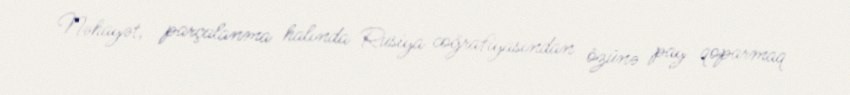
Nəhayət, parçalanma halında Rusiya coğrafiyasından özünə pay qoparmaq